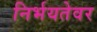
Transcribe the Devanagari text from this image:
निर्भयतेवर